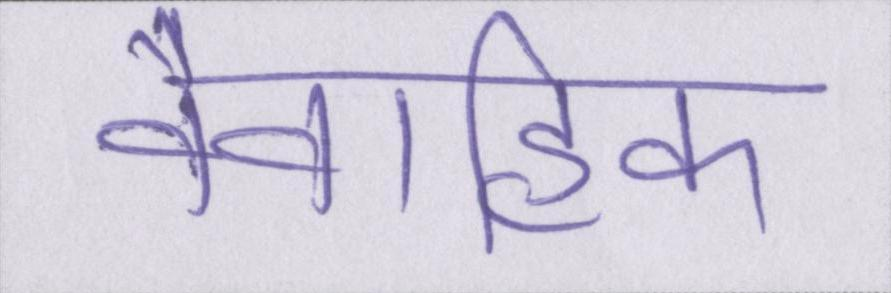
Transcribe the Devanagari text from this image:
वैवाहिक